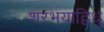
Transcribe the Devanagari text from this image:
शरभयाद्विधुं